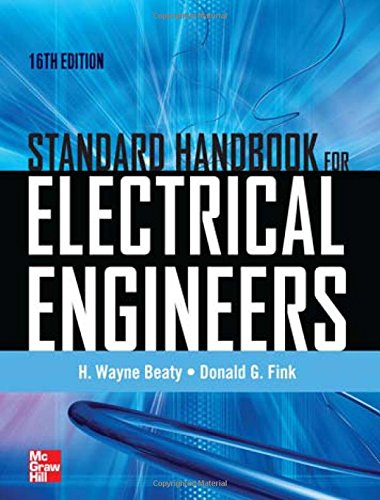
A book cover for Standard Handbook for Electrical Engineers Sixteenth Edition; H. Wayne Beaty; Engineering & Transportation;